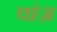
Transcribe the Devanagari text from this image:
वांज़